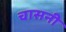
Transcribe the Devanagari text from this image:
चासनी